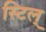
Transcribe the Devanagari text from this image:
स्टिल्